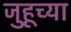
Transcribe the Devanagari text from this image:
जुहूच्या